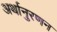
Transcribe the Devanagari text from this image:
अर्थानुरणन